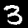
Label: 3